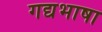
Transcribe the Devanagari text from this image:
गद्यभाषा